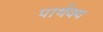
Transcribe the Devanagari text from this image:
पार्थक्‍य